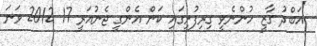
އަބްދު ގާޒީ ހުންނެވީ ގިރިފުށީގައި ކަން އެންގީ ޖެނުއަރީ 17 2012 ވަނަ